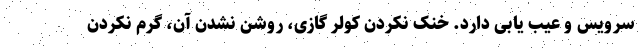
سرویس و عیب یابی دارد. خنک نکردن کولر گازی، روشن نشدن آن، گرم نکردن